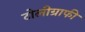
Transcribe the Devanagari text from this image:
टोलीग्राफी